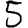
Digit: 5